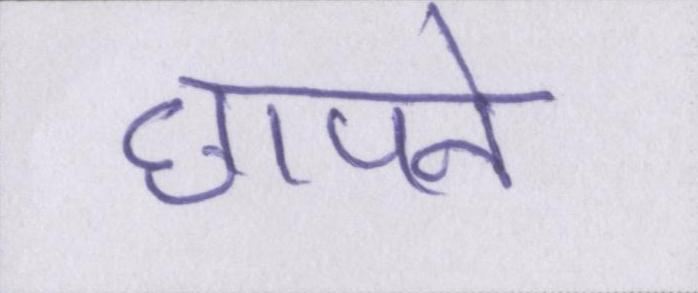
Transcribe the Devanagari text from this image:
छापने